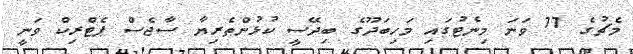
މެޗުގެ 77 ވަނަ މިނެޓުގައި މަހިބަދޫގެ ބިދޭސީ ކުޅުންތެރިޔާ ސާޖެސް ޕެޓްރިކް ވަނީ